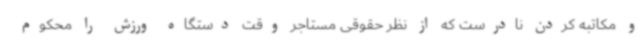
و مکاتبه کردن نادرست که از نظر حقوقی مستاجر وقت دستگاه ورزش را محکوم